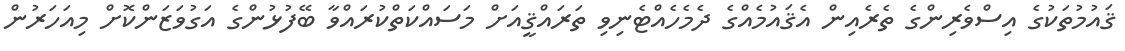
ޤައުމުތަކުގެ އިސްވެރިންގެ ތެރެއިން އެޤައުމެއްގެ ދެމެހެއްޓެނިވި ތަރައްޤީއަށް މަސައްކަތްކުރައްވާ ބޭފުޅުންގެ އަގުވަޒަންކޮށް މިއަހަރުން